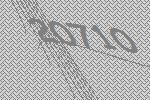
20710